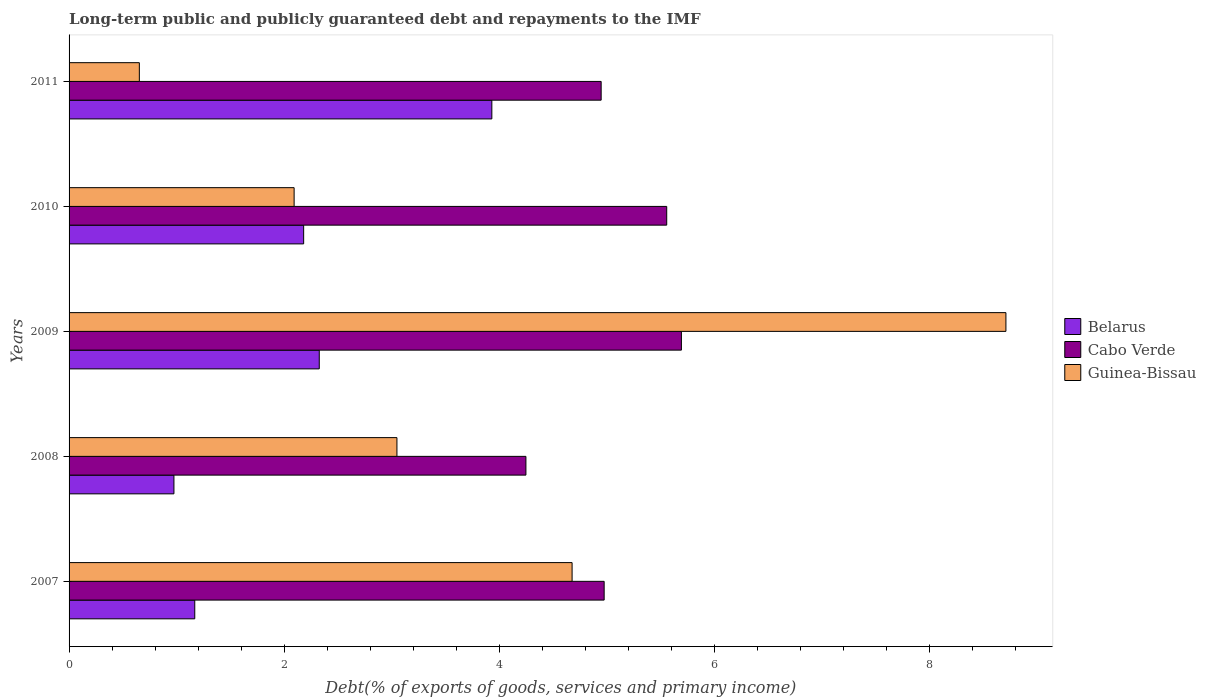
| Years | Belarus | Cabo Verde | Guinea-Bissau |
 | --- | --- | --- | --- |
 | 2007 | 1.17 | 4.97 | 4.68 |
 | 2008 | 0.975 | 4.25 | 3.05 |
 | 2009 | 2.33 | 5.69 | 8.71 |
 | 2010 | 2.18 | 5.56 | 2.09 |
 | 2011 | 3.93 | 4.95 | 0.653 |